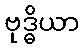
ဗုဒ္ဓိယာ